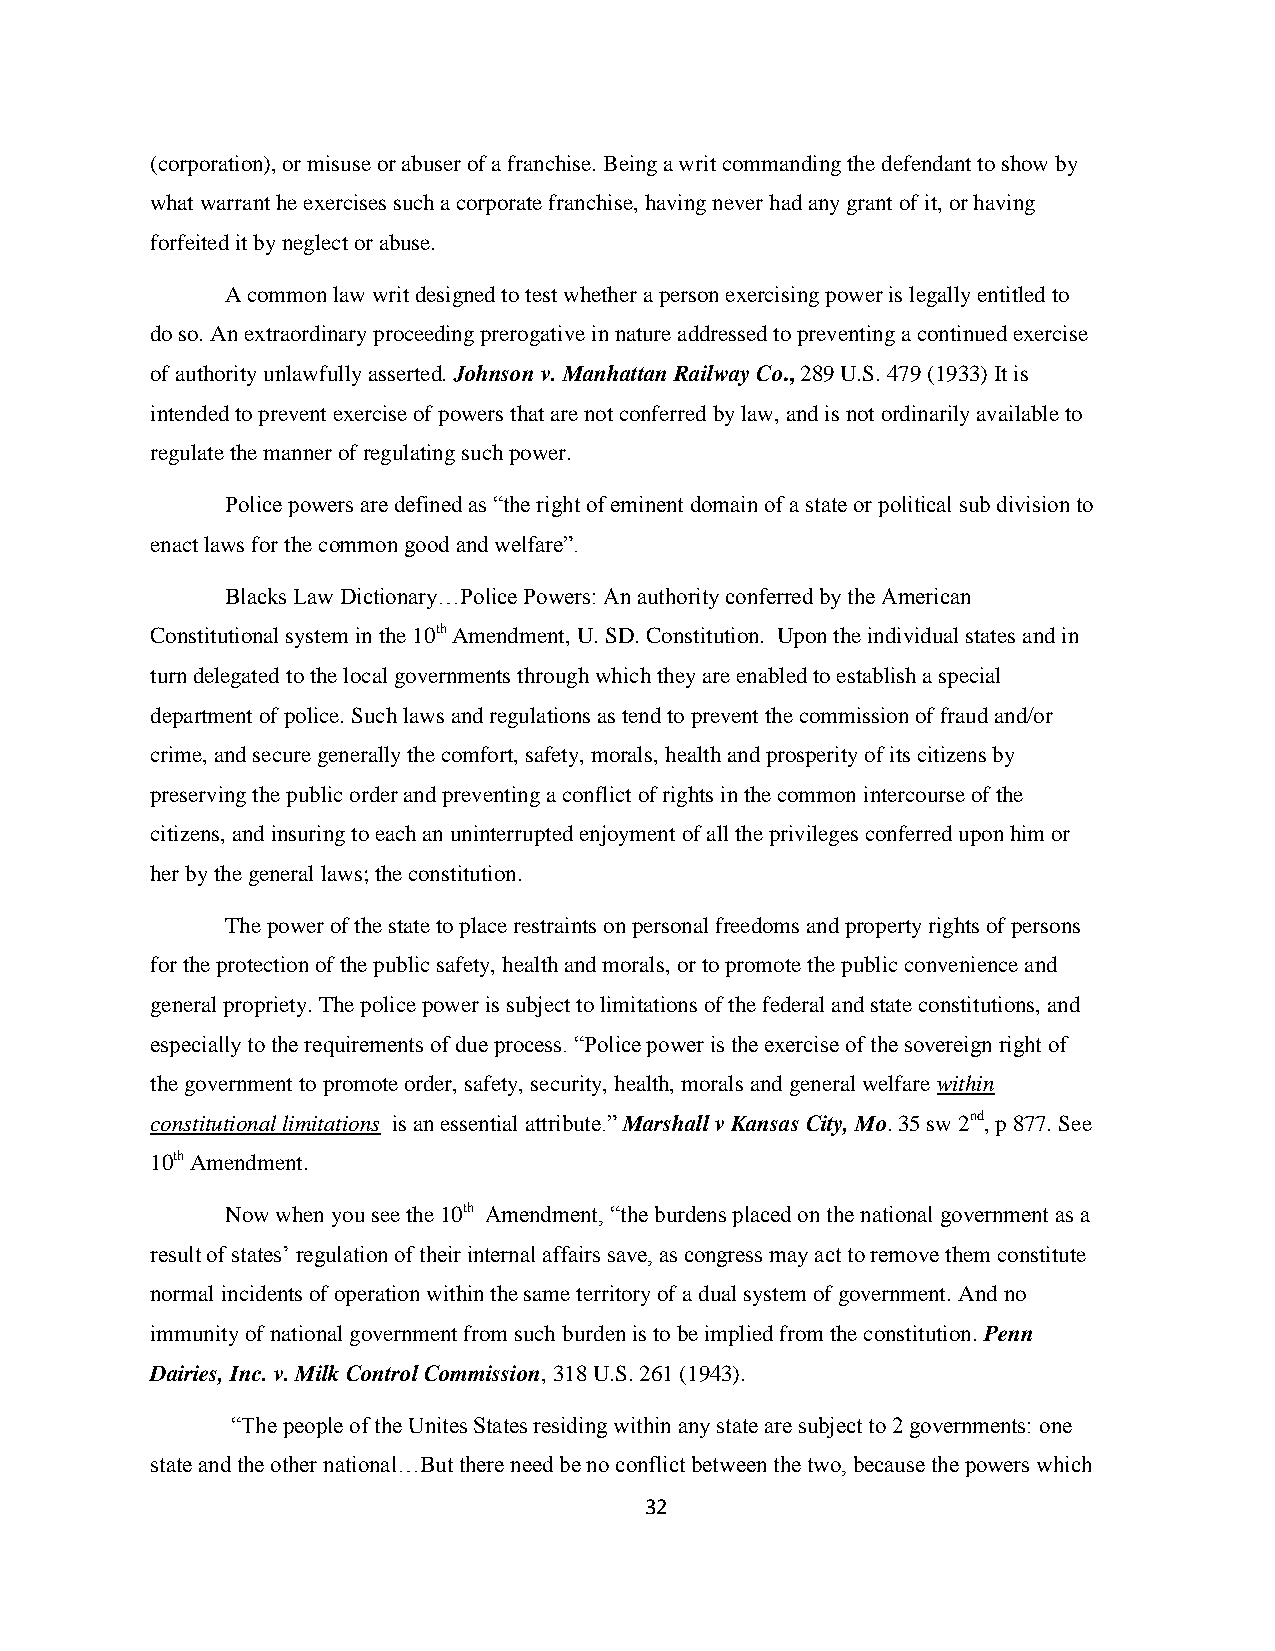
(corporation), or misuse or abuser of a franchise. Being a writ commanding the defendant to show by
 what warrant he exercises such a corporate franchise, having never had any grant of it, or having
 forfeited it by neglect or abuse.
 A common law writ designed to test whether a person exercising power is legally entitled to
 do so. An extraordinary proceeding prerogative in nature addressed to preventing a continued exercise
 of authority unlawfully asserted. Johnson v. Manhattan Railway Co., 289 U.S. 479 (1933) It is
 intended to prevent exercise of powers that are not conferred by law, and is not ordinarily available to
 regulate the manner of regulating such power.
 Police powers are defined as “the right of eminent domain of a state or political sub division to
 enact laws for the common good and welfare”.
 Blacks Law Dictionary…Police Powers: An authority conferred by the American
 Constitutional system in the 10th Amendment, U. SD. Constitution. Upon the individual states and in
 turn delegated to the local governments through which they are enabled to establish a special
 department of police. Such laws and regulations as tend to prevent the commission of fraud and/or
 crime, and secure generally the comfort, safety, morals, health and prosperity of its citizens by
 preserving the public order and preventing a conflict of rights in the common intercourse of the
 citizens, and insuring to each an uninterrupted enjoyment of all the privileges conferred upon him or
 her by the general laws; the constitution.
 The power of the state to place restraints on personal freedoms and property rights of persons
 for the protection of the public safety, health and morals, or to promote the public convenience and
 general propriety. The police power is subject to limitations of the federal and state constitutions, and
 especially to the requirements of due process. “Police power is the exercise of the sovereign right of
 the government to promote order, safety, security, health, morals and general welfare within
 constitutional limitations is an essential attribute.” Marshall v Kansas City, Mo. 35 sw 2nd, p 877. See
 10th Amendment.
 Now when you see the 10th Amendment, “the burdens placed on the national government as a
 result of states‟ regulation of their internal affairs save, as congress may act to remove them constitute
 normal incidents of operation within the same territory of a dual system of government. And no
 immunity of national government from such burden is to be implied from the constitution. Penn
 Dairies, Inc. v. Milk Control Commission, 318 U.S. 261 (1943).
 “The people of the Unites States residing within any state are subject to 2 governments: one
 state and the other national…But there need be no conflict between the two, because the powers which
 32